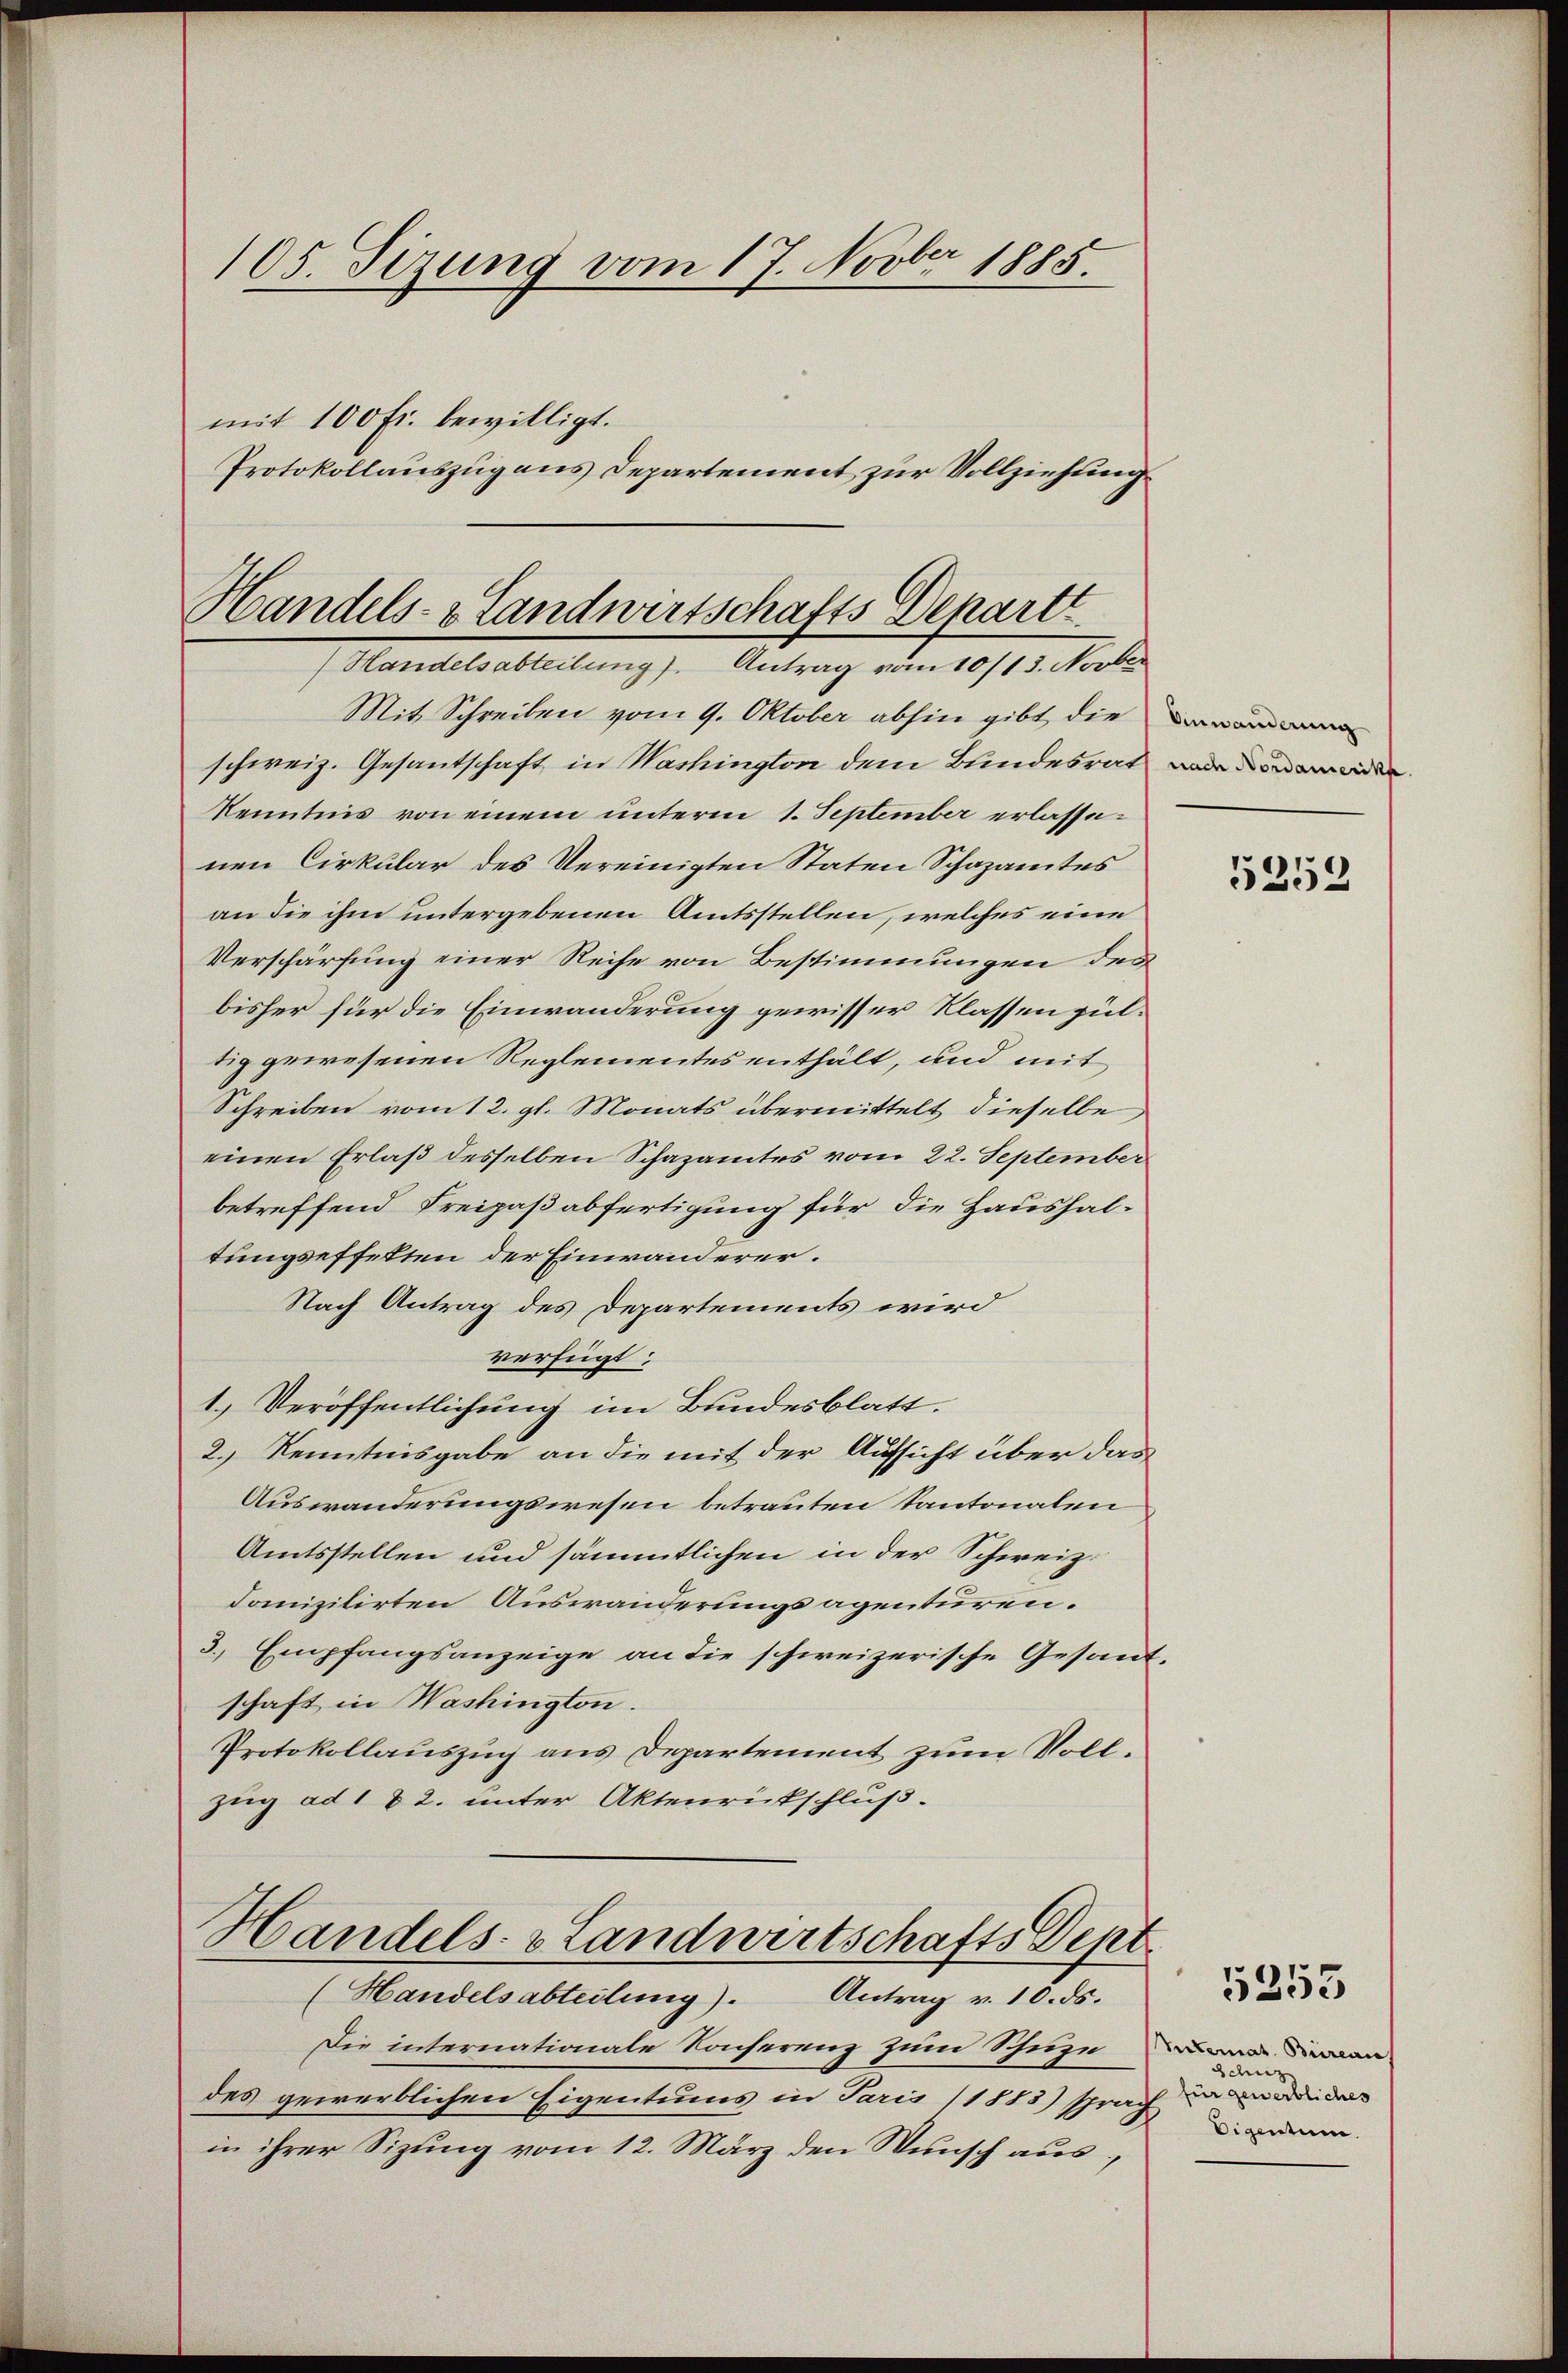
105. Sizung vom 17. Novber 1885.
mit 100 fr. bewilligt.
Protokollauszug aus Departement zur Vollziehung

Handels- & Landwirtschafts Departt
Mandelsatteilung). Antrag vom 10/13. Vorle

Mit Schreiben vom 9. Oktober abhin gibt die
schweiz. Gesantschaft in Washington dem Bundesrat a
Kenntnis von einem unterm 1. September erlassenen Cirkular des Vereinigten Staten Schazamtes
an die ihm untergebenen Amtsstellen, welches eine
Verschärfung einer Reihe von Bestimmungen des
bisher für die Einwanderung gewisser Klassen pultig gewesenen Reglementes enthält, und mit
Schreiben vom 12. gl. Monats übermittelt dieselbe
einen Erlaß desselben Schazamtes vom 22. September
betreffend Freipaßabfertigung für die Haushaltungseffekten der Einwanderer.
Nach Antrag des Departements wird
verfügt:
1.) Veröffentlichung im Bundesblatt.
2.) Kenntnisgabe an die mit der Aufsicht über das
Auswanderungswesen betrauten Kantonalen
Amtsstellen und sämmtlichen in der Schweiz.
danizilirten Auswanderungsagenturen.
3. Empfangsanzeige an die schweizerische Gesandtschaft in Washington.
Protokollauszug aus Departement zum Vollzug ad 1 & 2. unter Aktenrütschluß.

Handels- & Landwirtschafts Sept

(Handelsabteilung). Antrag v. 10. ds.
Die internationale Konferenz zum Schuze
des gewerblichen Eigentums in Paris (1883) sprach,
in ihrer Sizung vom 12. März den Wunsch aus,

5253

Setemat. Bureau
Schüz
für gewerbliches
Eigentum.

5255